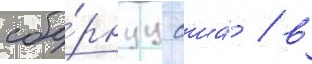
сбо́рнуу сша́ / в